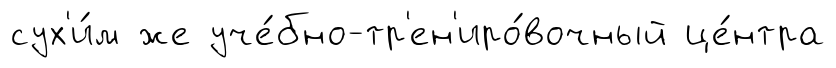
сух'и́м же уче́бно-тр'ен'иро́вочный це́нтра